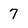
Character: 7